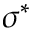
\sigma ^ { * }